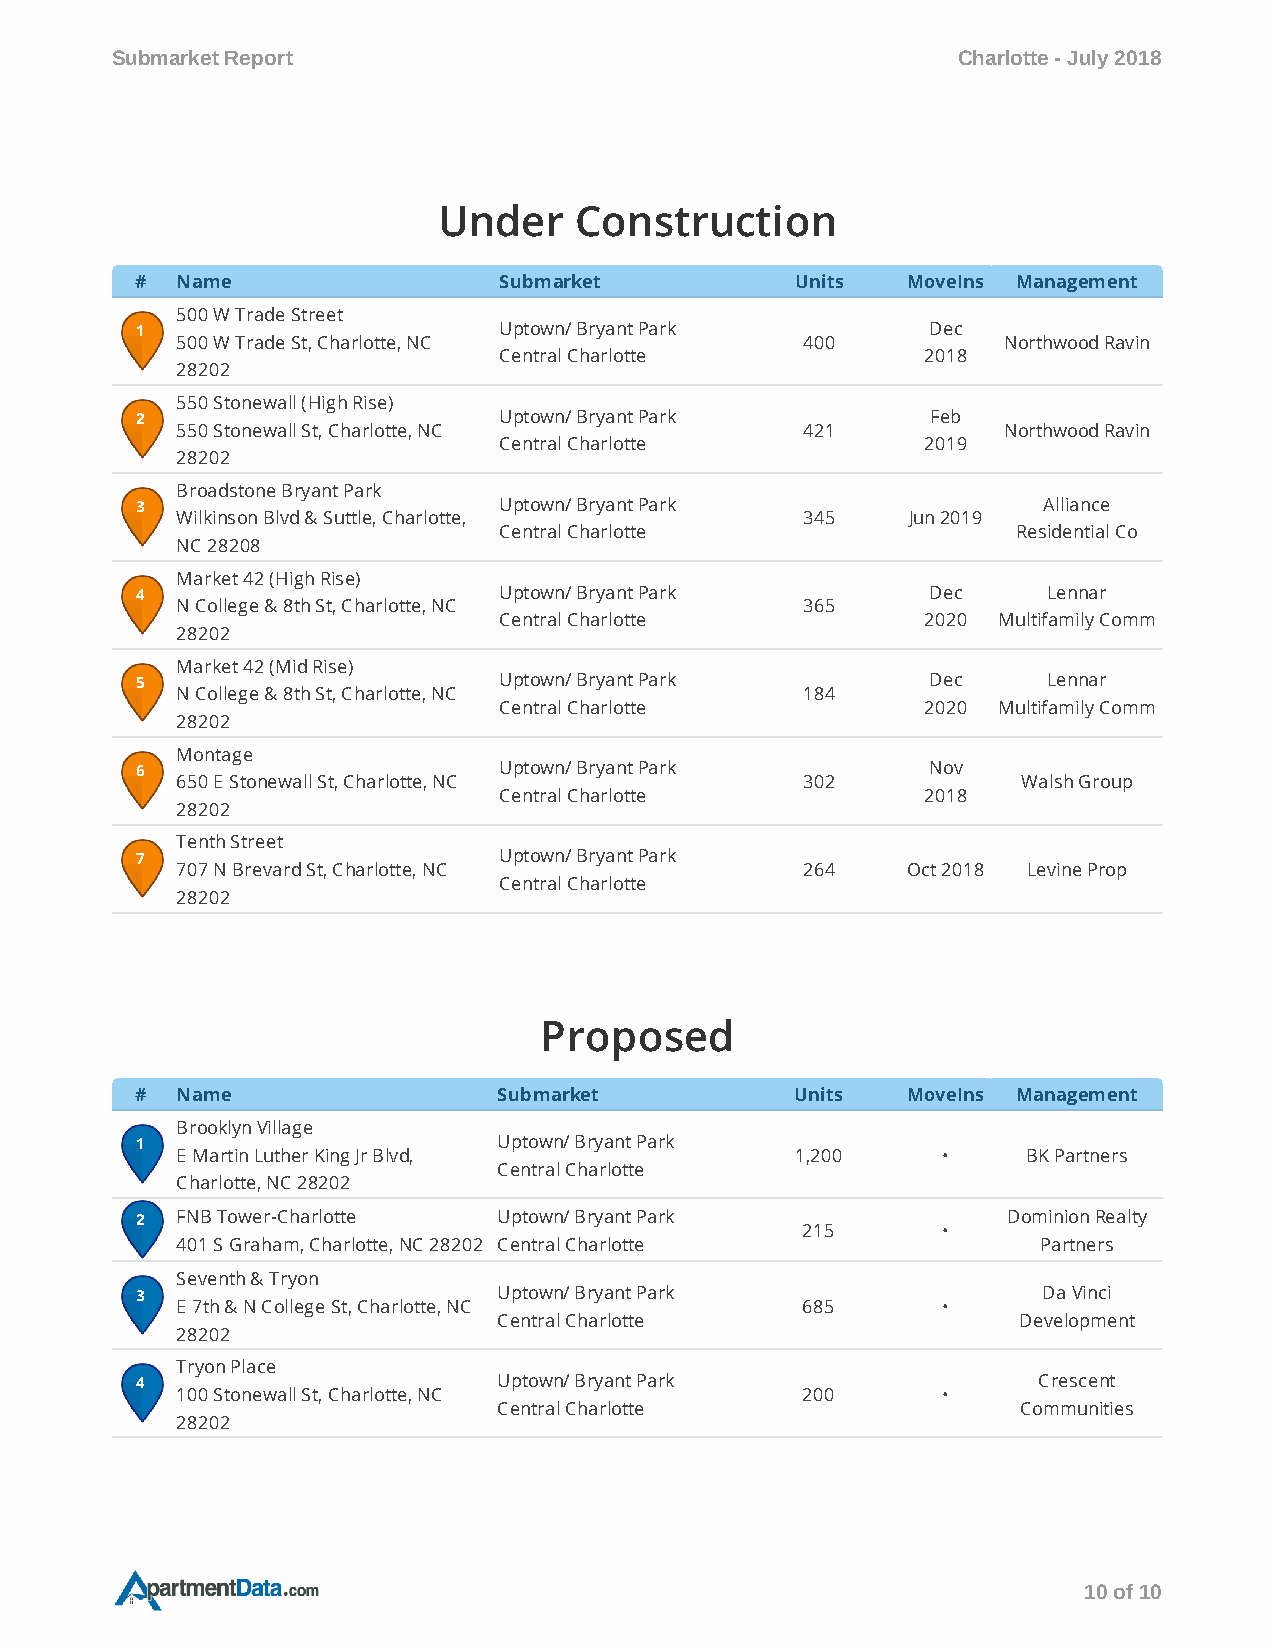
Submarket Report                                        Charlotte - July 2018
 Under    Construction
 #  Name                 Submarket           Units  MoveIns Management
 500 W Trade Street
 1                       Uptown/ Bryant Park          Dec
 500 W Trade St, Charlotte, NC            400          Northwood Ravin
 Central Charlotte           2018
 28202
 550 Stonewall (High Rise)
 2                       Uptown/ Bryant Park          Feb
 550 Stonewall St, Charlotte, NC          421          Northwood Ravin
 Central Charlotte           2019
 28202
 Broadstone Bryant Park
 3                       Uptown/ Bryant Park                 Alliance
 Wilkinson Blvd & Suttle, Charlotte,      345    Jun 2019
 Central Charlotte                 Residential Co
 NC 28208
 Market 42 (High Rise)
 4                       Uptown/ Bryant Park          Dec    Lennar
 N College & 8th St, Charlotte, NC        365
 Central Charlotte           2020 Multifamily Comm
 28202
 Market 42 (Mid Rise)
 5                       Uptown/ Bryant Park          Dec    Lennar
 N College & 8th St, Charlotte, NC        184
 Central Charlotte           2020 Multifamily Comm
 28202
 Montage
 6                       Uptown/ Bryant Park          Nov
 650 E Stonewall St, Charlotte, NC        302            Walsh Group
 Central Charlotte           2018
 28202
 Tenth Street
 7                       Uptown/ Bryant Park
 707 N Brevard St, Charlotte, NC          264    Oct 2018 Levine Prop
 Central Charlotte
 28202
 Proposed
 #  Name                 Submarket           Units  MoveIns Management
 Brooklyn Village
 1                       Uptown/ Bryant Park
 E Martin Luther King Jr Blvd,            1,200    •     BK Partners
 Central Charlotte
 Charlotte, NC 28202
 2  FNB Tower-Charlotte  Uptown/ Bryant Park               Dominion Realty
 215      •
 401 S Graham, Charlotte, NC 28202 Central Charlotte      Partners
 Seventh & Tryon
 3                       Uptown/ Bryant Park                 Da Vinci
 E 7th & N College St, Charlotte, NC      685      •
 Central Charlotte                 Development
 28202
 Tryon Place
 4                       Uptown/ Bryant Park                 Crescent
 100 Stonewall St, Charlotte, NC          200      •
 Central Charlotte                  Communities
 28202
 10 of 10